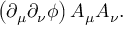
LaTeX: \left( \partial _ { \mu } \partial _ { \nu } \phi \right) A _ { \mu } A _ { \nu } .